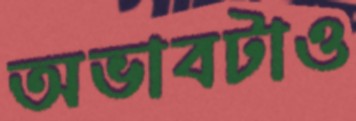
অভাবটাও